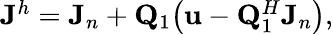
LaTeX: \begin{array}{r}{\mathbf{J}^{h}=\mathbf{J}_{n}+\mathbf{Q}_{1}\big(\mathbf{u}-\mathbf{Q}_{1}^{H}\mathbf{J}_{n}\big),}\end{array}